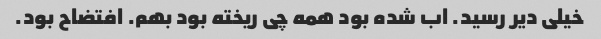
خیلی دیر رسید. ‌اب شده بود همه چی ریخته بود بهم. افتضاح بود.